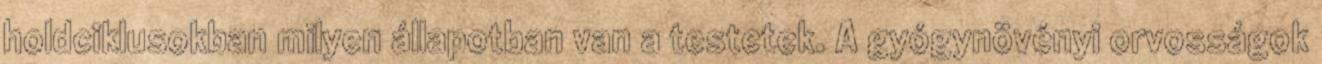
holdciklusokban milyen állapotban van a testetek. A gyógynövényi orvosságok